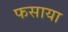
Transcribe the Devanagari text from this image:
फसाया